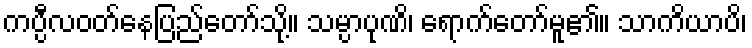
ကပ္ပီလဝတ်နေပြည်တော်သို့။ သမ္ပာပုဏိ၊ ရောက်တော်မူ၏။ သာကိယာပိ၊